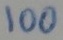
Text: 100